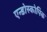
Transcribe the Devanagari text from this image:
एन्डोस्कोपिक